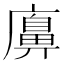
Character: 𢋛